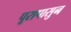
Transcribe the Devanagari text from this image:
पूरापासुन